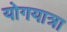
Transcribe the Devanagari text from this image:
योगयात्रा